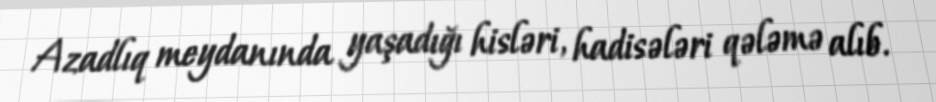
Azadlıq meydanında yaşadığı hisləri, hadisələri qələmə alıb.